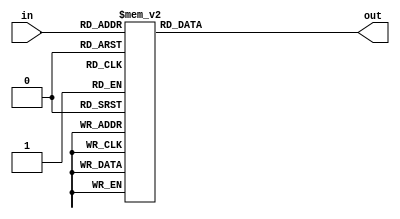
/*
 * Time  : 2020/03/04
 * function: caculate ln(mantissa)
*/

module man_log(
    // out = round(-2*ln(in/(2^10)) * 2^8)
    input [9:0] in,         // in (0,0,10)
    output reg [13:0] out  // out(0,0,14)
    );
    
    always@(*)begin
        case(in)
        10'd 1:out = 14'd 3549;
        10'd 2:out = 14'd 3194;
        10'd 3:out = 14'd 2986;
        10'd 4:out = 14'd 2839;
        10'd 5:out = 14'd 2725;
        10'd 6:out = 14'd 2632;
        10'd 7:out = 14'd 2553;
        10'd 8:out = 14'd 2484;
        10'd 9:out = 14'd 2424;
        10'd 10:out = 14'd 2370;
        10'd 11:out = 14'd 2321;
        10'd 12:out = 14'd 2277;
        10'd 13:out = 14'd 2236;
        10'd 14:out = 14'd 2198;
        10'd 15:out = 14'd 2162;
        10'd 16:out = 14'd 2129;
        10'd 17:out = 14'd 2098;
        10'd 18:out = 14'd 2069;
        10'd 19:out = 14'd 2041;
        10'd 20:out = 14'd 2015;
        10'd 21:out = 14'd 1990;
        10'd 22:out = 14'd 1966;
        10'd 23:out = 14'd 1944;
        10'd 24:out = 14'd 1922;
        10'd 25:out = 14'd 1901;
        10'd 26:out = 14'd 1881;
        10'd 27:out = 14'd 1861;
        10'd 28:out = 14'd 1843;
        10'd 29:out = 14'd 1825;
        10'd 30:out = 14'd 1808;
        10'd 31:out = 14'd 1791;
        10'd 32:out = 14'd 1774;
        10'd 33:out = 14'd 1759;
        10'd 34:out = 14'd 1743;
        10'd 35:out = 14'd 1729;
        10'd 36:out = 14'd 1714;
        10'd 37:out = 14'd 1700;
        10'd 38:out = 14'd 1686;
        10'd 39:out = 14'd 1673;
        10'd 40:out = 14'd 1660;
        10'd 41:out = 14'd 1648;
        10'd 42:out = 14'd 1635;
        10'd 43:out = 14'd 1623;
        10'd 44:out = 14'd 1611;
        10'd 45:out = 14'd 1600;
        10'd 46:out = 14'd 1589;
        10'd 47:out = 14'd 1578;
        10'd 48:out = 14'd 1567;
        10'd 49:out = 14'd 1556;
        10'd 50:out = 14'd 1546;
        10'd 51:out = 14'd 1536;
        10'd 52:out = 14'd 1526;
        10'd 53:out = 14'd 1516;
        10'd 54:out = 14'd 1507;
        10'd 55:out = 14'd 1497;
        10'd 56:out = 14'd 1488;
        10'd 57:out = 14'd 1479;
        10'd 58:out = 14'd 1470;
        10'd 59:out = 14'd 1461;
        10'd 60:out = 14'd 1453;
        10'd 61:out = 14'd 1444;
        10'd 62:out = 14'd 1436;
        10'd 63:out = 14'd 1428;
        10'd 64:out = 14'd 1420;
        10'd 65:out = 14'd 1412;
        10'd 66:out = 14'd 1404;
        10'd 67:out = 14'd 1396;
        10'd 68:out = 14'd 1389;
        10'd 69:out = 14'd 1381;
        10'd 70:out = 14'd 1374;
        10'd 71:out = 14'd 1366;
        10'd 72:out = 14'd 1359;
        10'd 73:out = 14'd 1352;
        10'd 74:out = 14'd 1345;
        10'd 75:out = 14'd 1338;
        10'd 76:out = 14'd 1332;
        10'd 77:out = 14'd 1325;
        10'd 78:out = 14'd 1318;
        10'd 79:out = 14'd 1312;
        10'd 80:out = 14'd 1305;
        10'd 81:out = 14'd 1299;
        10'd 82:out = 14'd 1293;
        10'd 83:out = 14'd 1286;
        10'd 84:out = 14'd 1280;
        10'd 85:out = 14'd 1274;
        10'd 86:out = 14'd 1268;
        10'd 87:out = 14'd 1262;
        10'd 88:out = 14'd 1257;
        10'd 89:out = 14'd 1251;
        10'd 90:out = 14'd 1245;
        10'd 91:out = 14'd 1239;
        10'd 92:out = 14'd 1234;
        10'd 93:out = 14'd 1228;
        10'd 94:out = 14'd 1223;
        10'd 95:out = 14'd 1217;
        10'd 96:out = 14'd 1212;
        10'd 97:out = 14'd 1207;
        10'd 98:out = 14'd 1201;
        10'd 99:out = 14'd 1196;
        10'd 100:out = 14'd 1191;
        10'd 101:out = 14'd 1186;
        10'd 102:out = 14'd 1181;
        10'd 103:out = 14'd 1176;
        10'd 104:out = 14'd 1171;
        10'd 105:out = 14'd 1166;
        10'd 106:out = 14'd 1161;
        10'd 107:out = 14'd 1156;
        10'd 108:out = 14'd 1152;
        10'd 109:out = 14'd 1147;
        10'd 110:out = 14'd 1142;
        10'd 111:out = 14'd 1138;
        10'd 112:out = 14'd 1133;
        10'd 113:out = 14'd 1128;
        10'd 114:out = 14'd 1124;
        10'd 115:out = 14'd 1120;
        10'd 116:out = 14'd 1115;
        10'd 117:out = 14'd 1111;
        10'd 118:out = 14'd 1106;
        10'd 119:out = 14'd 1102;
        10'd 120:out = 14'd 1098;
        10'd 121:out = 14'd 1093;
        10'd 122:out = 14'd 1089;
        10'd 123:out = 14'd 1085;
        10'd 124:out = 14'd 1081;
        10'd 125:out = 14'd 1077;
        10'd 126:out = 14'd 1073;
        10'd 127:out = 14'd 1069;
        10'd 128:out = 14'd 1065;
        10'd 129:out = 14'd 1061;
        10'd 130:out = 14'd 1057;
        10'd 131:out = 14'd 1053;
        10'd 132:out = 14'd 1049;
        10'd 133:out = 14'd 1045;
        10'd 134:out = 14'd 1041;
        10'd 135:out = 14'd 1037;
        10'd 136:out = 14'd 1034;
        10'd 137:out = 14'd 1030;
        10'd 138:out = 14'd 1026;
        10'd 139:out = 14'd 1022;
        10'd 140:out = 14'd 1019;
        10'd 141:out = 14'd 1015;
        10'd 142:out = 14'd 1012;
        10'd 143:out = 14'd 1008;
        10'd 144:out = 14'd 1004;
        10'd 145:out = 14'd 1001;
        10'd 146:out = 14'd 997;
        10'd 147:out = 14'd 994;
        10'd 148:out = 14'd 990;
        10'd 149:out = 14'd 987;
        10'd 150:out = 14'd 983;
        10'd 151:out = 14'd 980;
        10'd 152:out = 14'd 977;
        10'd 153:out = 14'd 973;
        10'd 154:out = 14'd 970;
        10'd 155:out = 14'd 967;
        10'd 156:out = 14'd 963;
        10'd 157:out = 14'd 960;
        10'd 158:out = 14'd 957;
        10'd 159:out = 14'd 954;
        10'd 160:out = 14'd 950;
        10'd 161:out = 14'd 947;
        10'd 162:out = 14'd 944;
        10'd 163:out = 14'd 941;
        10'd 164:out = 14'd 938;
        10'd 165:out = 14'd 935;
        10'd 166:out = 14'd 932;
        10'd 167:out = 14'd 929;
        10'd 168:out = 14'd 925;
        10'd 169:out = 14'd 922;
        10'd 170:out = 14'd 919;
        10'd 171:out = 14'd 916;
        10'd 172:out = 14'd 913;
        10'd 173:out = 14'd 910;
        10'd 174:out = 14'd 907;
        10'd 175:out = 14'd 905;
        10'd 176:out = 14'd 902;
        10'd 177:out = 14'd 899;
        10'd 178:out = 14'd 896;
        10'd 179:out = 14'd 893;
        10'd 180:out = 14'd 890;
        10'd 181:out = 14'd 887;
        10'd 182:out = 14'd 884;
        10'd 183:out = 14'd 882;
        10'd 184:out = 14'd 879;
        10'd 185:out = 14'd 876;
        10'd 186:out = 14'd 873;
        10'd 187:out = 14'd 871;
        10'd 188:out = 14'd 868;
        10'd 189:out = 14'd 865;
        10'd 190:out = 14'd 862;
        10'd 191:out = 14'd 860;
        10'd 192:out = 14'd 857;
        10'd 193:out = 14'd 854;
        10'd 194:out = 14'd 852;
        10'd 195:out = 14'd 849;
        10'd 196:out = 14'd 847;
        10'd 197:out = 14'd 844;
        10'd 198:out = 14'd 841;
        10'd 199:out = 14'd 839;
        10'd 200:out = 14'd 836;
        10'd 201:out = 14'd 834;
        10'd 202:out = 14'd 831;
        10'd 203:out = 14'd 829;
        10'd 204:out = 14'd 826;
        10'd 205:out = 14'd 824;
        10'd 206:out = 14'd 821;
        10'd 207:out = 14'd 819;
        10'd 208:out = 14'd 816;
        10'd 209:out = 14'd 814;
        10'd 210:out = 14'd 811;
        10'd 211:out = 14'd 809;
        10'd 212:out = 14'd 806;
        10'd 213:out = 14'd 804;
        10'd 214:out = 14'd 802;
        10'd 215:out = 14'd 799;
        10'd 216:out = 14'd 797;
        10'd 217:out = 14'd 794;
        10'd 218:out = 14'd 792;
        10'd 219:out = 14'd 790;
        10'd 220:out = 14'd 787;
        10'd 221:out = 14'd 785;
        10'd 222:out = 14'd 783;
        10'd 223:out = 14'd 780;
        10'd 224:out = 14'd 778;
        10'd 225:out = 14'd 776;
        10'd 226:out = 14'd 774;
        10'd 227:out = 14'd 771;
        10'd 228:out = 14'd 769;
        10'd 229:out = 14'd 767;
        10'd 230:out = 14'd 765;
        10'd 231:out = 14'd 762;
        10'd 232:out = 14'd 760;
        10'd 233:out = 14'd 758;
        10'd 234:out = 14'd 756;
        10'd 235:out = 14'd 754;
        10'd 236:out = 14'd 751;
        10'd 237:out = 14'd 749;
        10'd 238:out = 14'd 747;
        10'd 239:out = 14'd 745;
        10'd 240:out = 14'd 743;
        10'd 241:out = 14'd 741;
        10'd 242:out = 14'd 739;
        10'd 243:out = 14'd 736;
        10'd 244:out = 14'd 734;
        10'd 245:out = 14'd 732;
        10'd 246:out = 14'd 730;
        10'd 247:out = 14'd 728;
        10'd 248:out = 14'd 726;
        10'd 249:out = 14'd 724;
        10'd 250:out = 14'd 722;
        10'd 251:out = 14'd 720;
        10'd 252:out = 14'd 718;
        10'd 253:out = 14'd 716;
        10'd 254:out = 14'd 714;
        10'd 255:out = 14'd 712;
        10'd 256:out = 14'd 710;
        10'd 257:out = 14'd 708;
        10'd 258:out = 14'd 706;
        10'd 259:out = 14'd 704;
        10'd 260:out = 14'd 702;
        10'd 261:out = 14'd 700;
        10'd 262:out = 14'd 698;
        10'd 263:out = 14'd 696;
        10'd 264:out = 14'd 694;
        10'd 265:out = 14'd 692;
        10'd 266:out = 14'd 690;
        10'd 267:out = 14'd 688;
        10'd 268:out = 14'd 686;
        10'd 269:out = 14'd 684;
        10'd 270:out = 14'd 683;
        10'd 271:out = 14'd 681;
        10'd 272:out = 14'd 679;
        10'd 273:out = 14'd 677;
        10'd 274:out = 14'd 675;
        10'd 275:out = 14'd 673;
        10'd 276:out = 14'd 671;
        10'd 277:out = 14'd 669;
        10'd 278:out = 14'd 668;
        10'd 279:out = 14'd 666;
        10'd 280:out = 14'd 664;
        10'd 281:out = 14'd 662;
        10'd 282:out = 14'd 660;
        10'd 283:out = 14'd 658;
        10'd 284:out = 14'd 657;
        10'd 285:out = 14'd 655;
        10'd 286:out = 14'd 653;
        10'd 287:out = 14'd 651;
        10'd 288:out = 14'd 649;
        10'd 289:out = 14'd 648;
        10'd 290:out = 14'd 646;
        10'd 291:out = 14'd 644;
        10'd 292:out = 14'd 642;
        10'd 293:out = 14'd 641;
        10'd 294:out = 14'd 639;
        10'd 295:out = 14'd 637;
        10'd 296:out = 14'd 635;
        10'd 297:out = 14'd 634;
        10'd 298:out = 14'd 632;
        10'd 299:out = 14'd 630;
        10'd 300:out = 14'd 629;
        10'd 301:out = 14'd 627;
        10'd 302:out = 14'd 625;
        10'd 303:out = 14'd 623;
        10'd 304:out = 14'd 622;
        10'd 305:out = 14'd 620;
        10'd 306:out = 14'd 618;
        10'd 307:out = 14'd 617;
        10'd 308:out = 14'd 615;
        10'd 309:out = 14'd 613;
        10'd 310:out = 14'd 612;
        10'd 311:out = 14'd 610;
        10'd 312:out = 14'd 608;
        10'd 313:out = 14'd 607;
        10'd 314:out = 14'd 605;
        10'd 315:out = 14'd 604;
        10'd 316:out = 14'd 602;
        10'd 317:out = 14'd 600;
        10'd 318:out = 14'd 599;
        10'd 319:out = 14'd 597;
        10'd 320:out = 14'd 596;
        10'd 321:out = 14'd 594;
        10'd 322:out = 14'd 592;
        10'd 323:out = 14'd 591;
        10'd 324:out = 14'd 589;
        10'd 325:out = 14'd 588;
        10'd 326:out = 14'd 586;
        10'd 327:out = 14'd 584;
        10'd 328:out = 14'd 583;
        10'd 329:out = 14'd 581;
        10'd 330:out = 14'd 580;
        10'd 331:out = 14'd 578;
        10'd 332:out = 14'd 577;
        10'd 333:out = 14'd 575;
        10'd 334:out = 14'd 574;
        10'd 335:out = 14'd 572;
        10'd 336:out = 14'd 571;
        10'd 337:out = 14'd 569;
        10'd 338:out = 14'd 568;
        10'd 339:out = 14'd 566;
        10'd 340:out = 14'd 564;
        10'd 341:out = 14'd 563;
        10'd 342:out = 14'd 561;
        10'd 343:out = 14'd 560;
        10'd 344:out = 14'd 559;
        10'd 345:out = 14'd 557;
        10'd 346:out = 14'd 556;
        10'd 347:out = 14'd 554;
        10'd 348:out = 14'd 553;
        10'd 349:out = 14'd 551;
        10'd 350:out = 14'd 550;
        10'd 351:out = 14'd 548;
        10'd 352:out = 14'd 547;
        10'd 353:out = 14'd 545;
        10'd 354:out = 14'd 544;
        10'd 355:out = 14'd 542;
        10'd 356:out = 14'd 541;
        10'd 357:out = 14'd 540;
        10'd 358:out = 14'd 538;
        10'd 359:out = 14'd 537;
        10'd 360:out = 14'd 535;
        10'd 361:out = 14'd 534;
        10'd 362:out = 14'd 532;
        10'd 363:out = 14'd 531;
        10'd 364:out = 14'd 530;
        10'd 365:out = 14'd 528;
        10'd 366:out = 14'd 527;
        10'd 367:out = 14'd 525;
        10'd 368:out = 14'd 524;
        10'd 369:out = 14'd 523;
        10'd 370:out = 14'd 521;
        10'd 371:out = 14'd 520;
        10'd 372:out = 14'd 518;
        10'd 373:out = 14'd 517;
        10'd 374:out = 14'd 516;
        10'd 375:out = 14'd 514;
        10'd 376:out = 14'd 513;
        10'd 377:out = 14'd 512;
        10'd 378:out = 14'd 510;
        10'd 379:out = 14'd 509;
        10'd 380:out = 14'd 508;
        10'd 381:out = 14'd 506;
        10'd 382:out = 14'd 505;
        10'd 383:out = 14'd 504;
        10'd 384:out = 14'd 502;
        10'd 385:out = 14'd 501;
        10'd 386:out = 14'd 500;
        10'd 387:out = 14'd 498;
        10'd 388:out = 14'd 497;
        10'd 389:out = 14'd 496;
        10'd 390:out = 14'd 494;
        10'd 391:out = 14'd 493;
        10'd 392:out = 14'd 492;
        10'd 393:out = 14'd 490;
        10'd 394:out = 14'd 489;
        10'd 395:out = 14'd 488;
        10'd 396:out = 14'd 486;
        10'd 397:out = 14'd 485;
        10'd 398:out = 14'd 484;
        10'd 399:out = 14'd 483;
        10'd 400:out = 14'd 481;
        10'd 401:out = 14'd 480;
        10'd 402:out = 14'd 479;
        10'd 403:out = 14'd 477;
        10'd 404:out = 14'd 476;
        10'd 405:out = 14'd 475;
        10'd 406:out = 14'd 474;
        10'd 407:out = 14'd 472;
        10'd 408:out = 14'd 471;
        10'd 409:out = 14'd 470;
        10'd 410:out = 14'd 469;
        10'd 411:out = 14'd 467;
        10'd 412:out = 14'd 466;
        10'd 413:out = 14'd 465;
        10'd 414:out = 14'd 464;
        10'd 415:out = 14'd 462;
        10'd 416:out = 14'd 461;
        10'd 417:out = 14'd 460;
        10'd 418:out = 14'd 459;
        10'd 419:out = 14'd 458;
        10'd 420:out = 14'd 456;
        10'd 421:out = 14'd 455;
        10'd 422:out = 14'd 454;
        10'd 423:out = 14'd 453;
        10'd 424:out = 14'd 451;
        10'd 425:out = 14'd 450;
        10'd 426:out = 14'd 449;
        10'd 427:out = 14'd 448;
        10'd 428:out = 14'd 447;
        10'd 429:out = 14'd 445;
        10'd 430:out = 14'd 444;
        10'd 431:out = 14'd 443;
        10'd 432:out = 14'd 442;
        10'd 433:out = 14'd 441;
        10'd 434:out = 14'd 440;
        10'd 435:out = 14'd 438;
        10'd 436:out = 14'd 437;
        10'd 437:out = 14'd 436;
        10'd 438:out = 14'd 435;
        10'd 439:out = 14'd 434;
        10'd 440:out = 14'd 432;
        10'd 441:out = 14'd 431;
        10'd 442:out = 14'd 430;
        10'd 443:out = 14'd 429;
        10'd 444:out = 14'd 428;
        10'd 445:out = 14'd 427;
        10'd 446:out = 14'd 426;
        10'd 447:out = 14'd 424;
        10'd 448:out = 14'd 423;
        10'd 449:out = 14'd 422;
        10'd 450:out = 14'd 421;
        10'd 451:out = 14'd 420;
        10'd 452:out = 14'd 419;
        10'd 453:out = 14'd 418;
        10'd 454:out = 14'd 416;
        10'd 455:out = 14'd 415;
        10'd 456:out = 14'd 414;
        10'd 457:out = 14'd 413;
        10'd 458:out = 14'd 412;
        10'd 459:out = 14'd 411;
        10'd 460:out = 14'd 410;
        10'd 461:out = 14'd 409;
        10'd 462:out = 14'd 408;
        10'd 463:out = 14'd 406;
        10'd 464:out = 14'd 405;
        10'd 465:out = 14'd 404;
        10'd 466:out = 14'd 403;
        10'd 467:out = 14'd 402;
        10'd 468:out = 14'd 401;
        10'd 469:out = 14'd 400;
        10'd 470:out = 14'd 399;
        10'd 471:out = 14'd 398;
        10'd 472:out = 14'd 397;
        10'd 473:out = 14'd 395;
        10'd 474:out = 14'd 394;
        10'd 475:out = 14'd 393;
        10'd 476:out = 14'd 392;
        10'd 477:out = 14'd 391;
        10'd 478:out = 14'd 390;
        10'd 479:out = 14'd 389;
        10'd 480:out = 14'd 388;
        10'd 481:out = 14'd 387;
        10'd 482:out = 14'd 386;
        10'd 483:out = 14'd 385;
        10'd 484:out = 14'd 384;
        10'd 485:out = 14'd 383;
        10'd 486:out = 14'd 382;
        10'd 487:out = 14'd 381;
        10'd 488:out = 14'd 379;
        10'd 489:out = 14'd 378;
        10'd 490:out = 14'd 377;
        10'd 491:out = 14'd 376;
        10'd 492:out = 14'd 375;
        10'd 493:out = 14'd 374;
        10'd 494:out = 14'd 373;
        10'd 495:out = 14'd 372;
        10'd 496:out = 14'd 371;
        10'd 497:out = 14'd 370;
        10'd 498:out = 14'd 369;
        10'd 499:out = 14'd 368;
        10'd 500:out = 14'd 367;
        10'd 501:out = 14'd 366;
        10'd 502:out = 14'd 365;
        10'd 503:out = 14'd 364;
        10'd 504:out = 14'd 363;
        10'd 505:out = 14'd 362;
        10'd 506:out = 14'd 361;
        10'd 507:out = 14'd 360;
        10'd 508:out = 14'd 359;
        10'd 509:out = 14'd 358;
        10'd 510:out = 14'd 357;
        10'd 511:out = 14'd 356;
        10'd 512:out = 14'd 355;
        10'd 513:out = 14'd 354;
        10'd 514:out = 14'd 353;
        10'd 515:out = 14'd 352;
        10'd 516:out = 14'd 351;
        10'd 517:out = 14'd 350;
        10'd 518:out = 14'd 349;
        10'd 519:out = 14'd 348;
        10'd 520:out = 14'd 347;
        10'd 521:out = 14'd 346;
        10'd 522:out = 14'd 345;
        10'd 523:out = 14'd 344;
        10'd 524:out = 14'd 343;
        10'd 525:out = 14'd 342;
        10'd 526:out = 14'd 341;
        10'd 527:out = 14'd 340;
        10'd 528:out = 14'd 339;
        10'd 529:out = 14'd 338;
        10'd 530:out = 14'd 337;
        10'd 531:out = 14'd 336;
        10'd 532:out = 14'd 335;
        10'd 533:out = 14'd 334;
        10'd 534:out = 14'd 333;
        10'd 535:out = 14'd 332;
        10'd 536:out = 14'd 331;
        10'd 537:out = 14'd 330;
        10'd 538:out = 14'd 330;
        10'd 539:out = 14'd 329;
        10'd 540:out = 14'd 328;
        10'd 541:out = 14'd 327;
        10'd 542:out = 14'd 326;
        10'd 543:out = 14'd 325;
        10'd 544:out = 14'd 324;
        10'd 545:out = 14'd 323;
        10'd 546:out = 14'd 322;
        10'd 547:out = 14'd 321;
        10'd 548:out = 14'd 320;
        10'd 549:out = 14'd 319;
        10'd 550:out = 14'd 318;
        10'd 551:out = 14'd 317;
        10'd 552:out = 14'd 316;
        10'd 553:out = 14'd 315;
        10'd 554:out = 14'd 315;
        10'd 555:out = 14'd 314;
        10'd 556:out = 14'd 313;
        10'd 557:out = 14'd 312;
        10'd 558:out = 14'd 311;
        10'd 559:out = 14'd 310;
        10'd 560:out = 14'd 309;
        10'd 561:out = 14'd 308;
        10'd 562:out = 14'd 307;
        10'd 563:out = 14'd 306;
        10'd 564:out = 14'd 305;
        10'd 565:out = 14'd 304;
        10'd 566:out = 14'd 304;
        10'd 567:out = 14'd 303;
        10'd 568:out = 14'd 302;
        10'd 569:out = 14'd 301;
        10'd 570:out = 14'd 300;
        10'd 571:out = 14'd 299;
        10'd 572:out = 14'd 298;
        10'd 573:out = 14'd 297;
        10'd 574:out = 14'd 296;
        10'd 575:out = 14'd 295;
        10'd 576:out = 14'd 295;
        10'd 577:out = 14'd 294;
        10'd 578:out = 14'd 293;
        10'd 579:out = 14'd 292;
        10'd 580:out = 14'd 291;
        10'd 581:out = 14'd 290;
        10'd 582:out = 14'd 289;
        10'd 583:out = 14'd 288;
        10'd 584:out = 14'd 288;
        10'd 585:out = 14'd 287;
        10'd 586:out = 14'd 286;
        10'd 587:out = 14'd 285;
        10'd 588:out = 14'd 284;
        10'd 589:out = 14'd 283;
        10'd 590:out = 14'd 282;
        10'd 591:out = 14'd 281;
        10'd 592:out = 14'd 281;
        10'd 593:out = 14'd 280;
        10'd 594:out = 14'd 279;
        10'd 595:out = 14'd 278;
        10'd 596:out = 14'd 277;
        10'd 597:out = 14'd 276;
        10'd 598:out = 14'd 275;
        10'd 599:out = 14'd 275;
        10'd 600:out = 14'd 274;
        10'd 601:out = 14'd 273;
        10'd 602:out = 14'd 272;
        10'd 603:out = 14'd 271;
        10'd 604:out = 14'd 270;
        10'd 605:out = 14'd 269;
        10'd 606:out = 14'd 269;
        10'd 607:out = 14'd 268;
        10'd 608:out = 14'd 267;
        10'd 609:out = 14'd 266;
        10'd 610:out = 14'd 265;
        10'd 611:out = 14'd 264;
        10'd 612:out = 14'd 264;
        10'd 613:out = 14'd 263;
        10'd 614:out = 14'd 262;
        10'd 615:out = 14'd 261;
        10'd 616:out = 14'd 260;
        10'd 617:out = 14'd 259;
        10'd 618:out = 14'd 259;
        10'd 619:out = 14'd 258;
        10'd 620:out = 14'd 257;
        10'd 621:out = 14'd 256;
        10'd 622:out = 14'd 255;
        10'd 623:out = 14'd 254;
        10'd 624:out = 14'd 254;
        10'd 625:out = 14'd 253;
        10'd 626:out = 14'd 252;
        10'd 627:out = 14'd 251;
        10'd 628:out = 14'd 250;
        10'd 629:out = 14'd 250;
        10'd 630:out = 14'd 249;
        10'd 631:out = 14'd 248;
        10'd 632:out = 14'd 247;
        10'd 633:out = 14'd 246;
        10'd 634:out = 14'd 245;
        10'd 635:out = 14'd 245;
        10'd 636:out = 14'd 244;
        10'd 637:out = 14'd 243;
        10'd 638:out = 14'd 242;
        10'd 639:out = 14'd 241;
        10'd 640:out = 14'd 241;
        10'd 641:out = 14'd 240;
        10'd 642:out = 14'd 239;
        10'd 643:out = 14'd 238;
        10'd 644:out = 14'd 237;
        10'd 645:out = 14'd 237;
        10'd 646:out = 14'd 236;
        10'd 647:out = 14'd 235;
        10'd 648:out = 14'd 234;
        10'd 649:out = 14'd 233;
        10'd 650:out = 14'd 233;
        10'd 651:out = 14'd 232;
        10'd 652:out = 14'd 231;
        10'd 653:out = 14'd 230;
        10'd 654:out = 14'd 230;
        10'd 655:out = 14'd 229;
        10'd 656:out = 14'd 228;
        10'd 657:out = 14'd 227;
        10'd 658:out = 14'd 226;
        10'd 659:out = 14'd 226;
        10'd 660:out = 14'd 225;
        10'd 661:out = 14'd 224;
        10'd 662:out = 14'd 223;
        10'd 663:out = 14'd 223;
        10'd 664:out = 14'd 222;
        10'd 665:out = 14'd 221;
        10'd 666:out = 14'd 220;
        10'd 667:out = 14'd 219;
        10'd 668:out = 14'd 219;
        10'd 669:out = 14'd 218;
        10'd 670:out = 14'd 217;
        10'd 671:out = 14'd 216;
        10'd 672:out = 14'd 216;
        10'd 673:out = 14'd 215;
        10'd 674:out = 14'd 214;
        10'd 675:out = 14'd 213;
        10'd 676:out = 14'd 213;
        10'd 677:out = 14'd 212;
        10'd 678:out = 14'd 211;
        10'd 679:out = 14'd 210;
        10'd 680:out = 14'd 210;
        10'd 681:out = 14'd 209;
        10'd 682:out = 14'd 208;
        10'd 683:out = 14'd 207;
        10'd 684:out = 14'd 207;
        10'd 685:out = 14'd 206;
        10'd 686:out = 14'd 205;
        10'd 687:out = 14'd 204;
        10'd 688:out = 14'd 204;
        10'd 689:out = 14'd 203;
        10'd 690:out = 14'd 202;
        10'd 691:out = 14'd 201;
        10'd 692:out = 14'd 201;
        10'd 693:out = 14'd 200;
        10'd 694:out = 14'd 199;
        10'd 695:out = 14'd 198;
        10'd 696:out = 14'd 198;
        10'd 697:out = 14'd 197;
        10'd 698:out = 14'd 196;
        10'd 699:out = 14'd 195;
        10'd 700:out = 14'd 195;
        10'd 701:out = 14'd 194;
        10'd 702:out = 14'd 193;
        10'd 703:out = 14'd 193;
        10'd 704:out = 14'd 192;
        10'd 705:out = 14'd 191;
        10'd 706:out = 14'd 190;
        10'd 707:out = 14'd 190;
        10'd 708:out = 14'd 189;
        10'd 709:out = 14'd 188;
        10'd 710:out = 14'd 187;
        10'd 711:out = 14'd 187;
        10'd 712:out = 14'd 186;
        10'd 713:out = 14'd 185;
        10'd 714:out = 14'd 185;
        10'd 715:out = 14'd 184;
        10'd 716:out = 14'd 183;
        10'd 717:out = 14'd 182;
        10'd 718:out = 14'd 182;
        10'd 719:out = 14'd 181;
        10'd 720:out = 14'd 180;
        10'd 721:out = 14'd 180;
        10'd 722:out = 14'd 179;
        10'd 723:out = 14'd 178;
        10'd 724:out = 14'd 178;
        10'd 725:out = 14'd 177;
        10'd 726:out = 14'd 176;
        10'd 727:out = 14'd 175;
        10'd 728:out = 14'd 175;
        10'd 729:out = 14'd 174;
        10'd 730:out = 14'd 173;
        10'd 731:out = 14'd 173;
        10'd 732:out = 14'd 172;
        10'd 733:out = 14'd 171;
        10'd 734:out = 14'd 170;
        10'd 735:out = 14'd 170;
        10'd 736:out = 14'd 169;
        10'd 737:out = 14'd 168;
        10'd 738:out = 14'd 168;
        10'd 739:out = 14'd 167;
        10'd 740:out = 14'd 166;
        10'd 741:out = 14'd 166;
        10'd 742:out = 14'd 165;
        10'd 743:out = 14'd 164;
        10'd 744:out = 14'd 164;
        10'd 745:out = 14'd 163;
        10'd 746:out = 14'd 162;
        10'd 747:out = 14'd 161;
        10'd 748:out = 14'd 161;
        10'd 749:out = 14'd 160;
        10'd 750:out = 14'd 159;
        10'd 751:out = 14'd 159;
        10'd 752:out = 14'd 158;
        10'd 753:out = 14'd 157;
        10'd 754:out = 14'd 157;
        10'd 755:out = 14'd 156;
        10'd 756:out = 14'd 155;
        10'd 757:out = 14'd 155;
        10'd 758:out = 14'd 154;
        10'd 759:out = 14'd 153;
        10'd 760:out = 14'd 153;
        10'd 761:out = 14'd 152;
        10'd 762:out = 14'd 151;
        10'd 763:out = 14'd 151;
        10'd 764:out = 14'd 150;
        10'd 765:out = 14'd 149;
        10'd 766:out = 14'd 149;
        10'd 767:out = 14'd 148;
        10'd 768:out = 14'd 147;
        10'd 769:out = 14'd 147;
        10'd 770:out = 14'd 146;
        10'd 771:out = 14'd 145;
        10'd 772:out = 14'd 145;
        10'd 773:out = 14'd 144;
        10'd 774:out = 14'd 143;
        10'd 775:out = 14'd 143;
        10'd 776:out = 14'd 142;
        10'd 777:out = 14'd 141;
        10'd 778:out = 14'd 141;
        10'd 779:out = 14'd 140;
        10'd 780:out = 14'd 139;
        10'd 781:out = 14'd 139;
        10'd 782:out = 14'd 138;
        10'd 783:out = 14'd 137;
        10'd 784:out = 14'd 137;
        10'd 785:out = 14'd 136;
        10'd 786:out = 14'd 135;
        10'd 787:out = 14'd 135;
        10'd 788:out = 14'd 134;
        10'd 789:out = 14'd 133;
        10'd 790:out = 14'd 133;
        10'd 791:out = 14'd 132;
        10'd 792:out = 14'd 132;
        10'd 793:out = 14'd 131;
        10'd 794:out = 14'd 130;
        10'd 795:out = 14'd 130;
        10'd 796:out = 14'd 129;
        10'd 797:out = 14'd 128;
        10'd 798:out = 14'd 128;
        10'd 799:out = 14'd 127;
        10'd 800:out = 14'd 126;
        10'd 801:out = 14'd 126;
        10'd 802:out = 14'd 125;
        10'd 803:out = 14'd 124;
        10'd 804:out = 14'd 124;
        10'd 805:out = 14'd 123;
        10'd 806:out = 14'd 123;
        10'd 807:out = 14'd 122;
        10'd 808:out = 14'd 121;
        10'd 809:out = 14'd 121;
        10'd 810:out = 14'd 120;
        10'd 811:out = 14'd 119;
        10'd 812:out = 14'd 119;
        10'd 813:out = 14'd 118;
        10'd 814:out = 14'd 118;
        10'd 815:out = 14'd 117;
        10'd 816:out = 14'd 116;
        10'd 817:out = 14'd 116;
        10'd 818:out = 14'd 115;
        10'd 819:out = 14'd 114;
        10'd 820:out = 14'd 114;
        10'd 821:out = 14'd 113;
        10'd 822:out = 14'd 113;
        10'd 823:out = 14'd 112;
        10'd 824:out = 14'd 111;
        10'd 825:out = 14'd 111;
        10'd 826:out = 14'd 110;
        10'd 827:out = 14'd 109;
        10'd 828:out = 14'd 109;
        10'd 829:out = 14'd 108;
        10'd 830:out = 14'd 108;
        10'd 831:out = 14'd 107;
        10'd 832:out = 14'd 106;
        10'd 833:out = 14'd 106;
        10'd 834:out = 14'd 105;
        10'd 835:out = 14'd 104;
        10'd 836:out = 14'd 104;
        10'd 837:out = 14'd 103;
        10'd 838:out = 14'd 103;
        10'd 839:out = 14'd 102;
        10'd 840:out = 14'd 101;
        10'd 841:out = 14'd 101;
        10'd 842:out = 14'd 100;
        10'd 843:out = 14'd 100;
        10'd 844:out = 14'd 99;
        10'd 845:out = 14'd 98;
        10'd 846:out = 14'd 98;
        10'd 847:out = 14'd 97;
        10'd 848:out = 14'd 97;
        10'd 849:out = 14'd 96;
        10'd 850:out = 14'd 95;
        10'd 851:out = 14'd 95;
        10'd 852:out = 14'd 94;
        10'd 853:out = 14'd 94;
        10'd 854:out = 14'd 93;
        10'd 855:out = 14'd 92;
        10'd 856:out = 14'd 92;
        10'd 857:out = 14'd 91;
        10'd 858:out = 14'd 91;
        10'd 859:out = 14'd 90;
        10'd 860:out = 14'd 89;
        10'd 861:out = 14'd 89;
        10'd 862:out = 14'd 88;
        10'd 863:out = 14'd 88;
        10'd 864:out = 14'd 87;
        10'd 865:out = 14'd 86;
        10'd 866:out = 14'd 86;
        10'd 867:out = 14'd 85;
        10'd 868:out = 14'd 85;
        10'd 869:out = 14'd 84;
        10'd 870:out = 14'd 83;
        10'd 871:out = 14'd 83;
        10'd 872:out = 14'd 82;
        10'd 873:out = 14'd 82;
        10'd 874:out = 14'd 81;
        10'd 875:out = 14'd 81;
        10'd 876:out = 14'd 80;
        10'd 877:out = 14'd 79;
        10'd 878:out = 14'd 79;
        10'd 879:out = 14'd 78;
        10'd 880:out = 14'd 78;
        10'd 881:out = 14'd 77;
        10'd 882:out = 14'd 76;
        10'd 883:out = 14'd 76;
        10'd 884:out = 14'd 75;
        10'd 885:out = 14'd 75;
        10'd 886:out = 14'd 74;
        10'd 887:out = 14'd 74;
        10'd 888:out = 14'd 73;
        10'd 889:out = 14'd 72;
        10'd 890:out = 14'd 72;
        10'd 891:out = 14'd 71;
        10'd 892:out = 14'd 71;
        10'd 893:out = 14'd 70;
        10'd 894:out = 14'd 70;
        10'd 895:out = 14'd 69;
        10'd 896:out = 14'd 68;
        10'd 897:out = 14'd 68;
        10'd 898:out = 14'd 67;
        10'd 899:out = 14'd 67;
        10'd 900:out = 14'd 66;
        10'd 901:out = 14'd 66;
        10'd 902:out = 14'd 65;
        10'd 903:out = 14'd 64;
        10'd 904:out = 14'd 64;
        10'd 905:out = 14'd 63;
        10'd 906:out = 14'd 63;
        10'd 907:out = 14'd 62;
        10'd 908:out = 14'd 62;
        10'd 909:out = 14'd 61;
        10'd 910:out = 14'd 60;
        10'd 911:out = 14'd 60;
        10'd 912:out = 14'd 59;
        10'd 913:out = 14'd 59;
        10'd 914:out = 14'd 58;
        10'd 915:out = 14'd 58;
        10'd 916:out = 14'd 57;
        10'd 917:out = 14'd 57;
        10'd 918:out = 14'd 56;
        10'd 919:out = 14'd 55;
        10'd 920:out = 14'd 55;
        10'd 921:out = 14'd 54;
        10'd 922:out = 14'd 54;
        10'd 923:out = 14'd 53;
        10'd 924:out = 14'd 53;
        10'd 925:out = 14'd 52;
        10'd 926:out = 14'd 52;
        10'd 927:out = 14'd 51;
        10'd 928:out = 14'd 50;
        10'd 929:out = 14'd 50;
        10'd 930:out = 14'd 49;
        10'd 931:out = 14'd 49;
        10'd 932:out = 14'd 48;
        10'd 933:out = 14'd 48;
        10'd 934:out = 14'd 47;
        10'd 935:out = 14'd 47;
        10'd 936:out = 14'd 46;
        10'd 937:out = 14'd 45;
        10'd 938:out = 14'd 45;
        10'd 939:out = 14'd 44;
        10'd 940:out = 14'd 44;
        10'd 941:out = 14'd 43;
        10'd 942:out = 14'd 43;
        10'd 943:out = 14'd 42;
        10'd 944:out = 14'd 42;
        10'd 945:out = 14'd 41;
        10'd 946:out = 14'd 41;
        10'd 947:out = 14'd 40;
        10'd 948:out = 14'd 39;
        10'd 949:out = 14'd 39;
        10'd 950:out = 14'd 38;
        10'd 951:out = 14'd 38;
        10'd 952:out = 14'd 37;
        10'd 953:out = 14'd 37;
        10'd 954:out = 14'd 36;
        10'd 955:out = 14'd 36;
        10'd 956:out = 14'd 35;
        10'd 957:out = 14'd 35;
        10'd 958:out = 14'd 34;
        10'd 959:out = 14'd 34;
        10'd 960:out = 14'd 33;
        10'd 961:out = 14'd 33;
        10'd 962:out = 14'd 32;
        10'd 963:out = 14'd 31;
        10'd 964:out = 14'd 31;
        10'd 965:out = 14'd 30;
        10'd 966:out = 14'd 30;
        10'd 967:out = 14'd 29;
        10'd 968:out = 14'd 29;
        10'd 969:out = 14'd 28;
        10'd 970:out = 14'd 28;
        10'd 971:out = 14'd 27;
        10'd 972:out = 14'd 27;
        10'd 973:out = 14'd 26;
        10'd 974:out = 14'd 26;
        10'd 975:out = 14'd 25;
        10'd 976:out = 14'd 25;
        10'd 977:out = 14'd 24;
        10'd 978:out = 14'd 24;
        10'd 979:out = 14'd 23;
        10'd 980:out = 14'd 22;
        10'd 981:out = 14'd 22;
        10'd 982:out = 14'd 21;
        10'd 983:out = 14'd 21;
        10'd 984:out = 14'd 20;
        10'd 985:out = 14'd 20;
        10'd 986:out = 14'd 19;
        10'd 987:out = 14'd 19;
        10'd 988:out = 14'd 18;
        10'd 989:out = 14'd 18;
        10'd 990:out = 14'd 17;
        10'd 991:out = 14'd 17;
        10'd 992:out = 14'd 16;
        10'd 993:out = 14'd 16;
        10'd 994:out = 14'd 15;
        10'd 995:out = 14'd 15;
        10'd 996:out = 14'd 14;
        10'd 997:out = 14'd 14;
        10'd 998:out = 14'd 13;
        10'd 999:out = 14'd 13;
        10'd 1000:out = 14'd 12;
        10'd 1001:out = 14'd 12;
        10'd 1002:out = 14'd 11;
        10'd 1003:out = 14'd 11;
        10'd 1004:out = 14'd 10;
        10'd 1005:out = 14'd 10;
        10'd 1006:out = 14'd 9;
        10'd 1007:out = 14'd 9;
        10'd 1008:out = 14'd 8;
        10'd 1009:out = 14'd 8;
        10'd 1010:out = 14'd 7;
        10'd 1011:out = 14'd 7;
        10'd 1012:out = 14'd 6;
        10'd 1013:out = 14'd 6;
        10'd 1014:out = 14'd 5;
        10'd 1015:out = 14'd 5;
        10'd 1016:out = 14'd 4;
        10'd 1017:out = 14'd 4;
        10'd 1018:out = 14'd 3;
        10'd 1019:out = 14'd 3;
        10'd 1020:out = 14'd 2;
        10'd 1021:out = 14'd 2;
        10'd 1022:out = 14'd 1;
        10'd 1023:out = 14'd 1;
            default  :out = 14'd    0;
        endcase
    end
    
endmodule